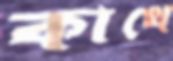
কাথে